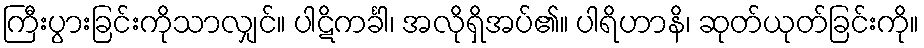
ကြီးပွားခြင်းကိုသာလျှင်။ ပါဋိကင်္ခါ၊ အလိုရှိအပ်၏။ ပါရိဟာနိ၊ ဆုတ်ယုတ်ခြင်းကို။